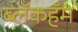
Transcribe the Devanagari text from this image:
ब्लॅकहॅम